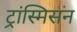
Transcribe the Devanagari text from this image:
ट्रांस्मिसन